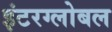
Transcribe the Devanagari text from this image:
इंटरग्लोबल